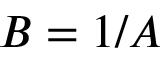
B = 1 / A